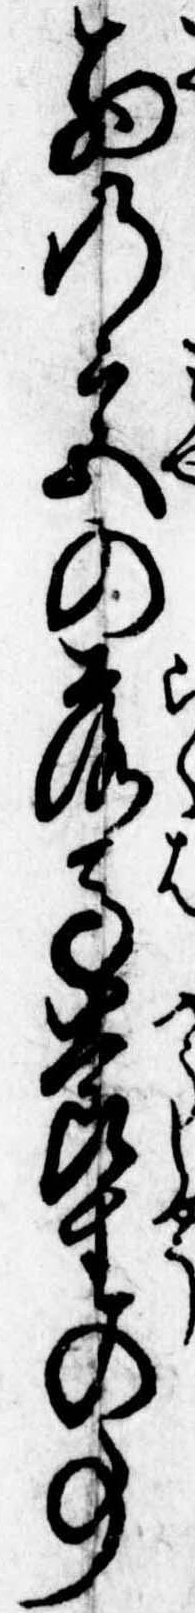
西の宮の落馬養生の事